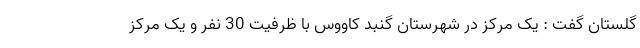
گلستان گفت : یک مرکز در شهرستان گنبد کاووس با ظرفیت 30 نفر و یک مرکز